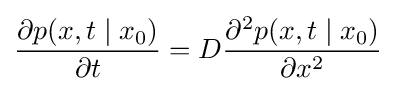
{\frac {\partial p(x,t\mid x_{0})}{\partial t}}=D{\frac {\partial ^{2}p(x,t\mid x_{0})}{\partial x^{2}}}